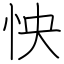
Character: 怏